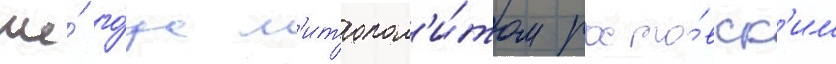
же́ го́да м'итропол'и́том росто́вск'им